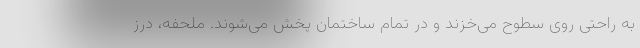
به راحتی روی سطوح می‌خزند و در تمام ساختمان پخش می‌شوند. ملحفه، درز